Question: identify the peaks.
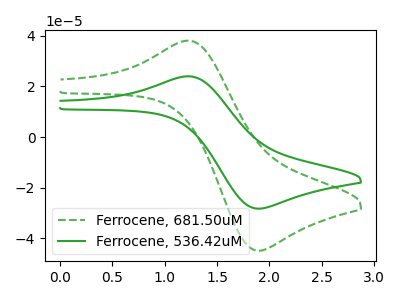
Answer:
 <answer>The green dashed curve "Ferrocene, 681.50uM" has an anodic peak at (1.25V, 37.90uA) and a cathodic peak at (1.90V, -44.80uA). The green curve "Ferrocene, 536.42uM" has an anodic peak at (1.25V, 23.85uA) and a cathodic peak at (1.90V, -28.25uA).</answer>
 <eval></eval>